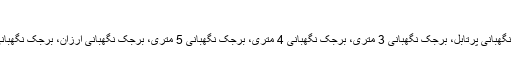
برجک نگهبانی پیش ساخته سبک کد 14 - کانکس
برچسب‌ها: برجک نگهبانی، برجک نگهبانی سبک، برجک نگهبانی پرتابل، برجک نگهبانی 3 متری، برجک نگهبانی 4 متری، برجک نگهبانی 5 متری، برجک نگهبانی ارزان، برجک نگهبانی صحرایی، برجک نگهبانی فوری، برجک نگهبانی نظامی